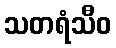
သတရံသီဝ